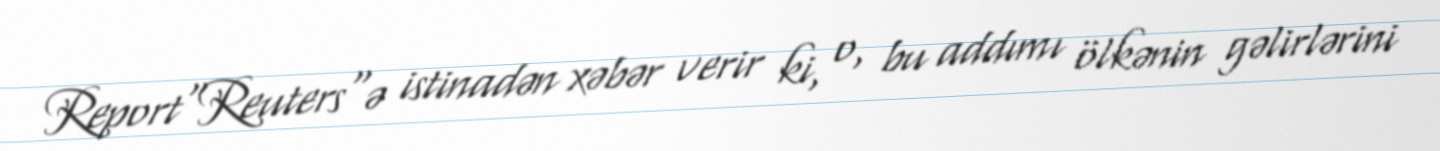
Report"Reuters"ə istinadən xəbər verir ki, o, bu addımı ölkənin gəlirlərini